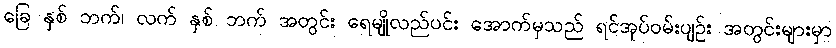
ခြေ နှစ် ဘက်၊ လက် နှစ် ဘက် အတွင်း ရေမျိုလည်ပင်း အောက်မှသည် ရင်အုပ်ဝမ်းပျဉ်း အတွင်းများမှာ